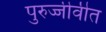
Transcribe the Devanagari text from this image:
पुरुज्जीवीत